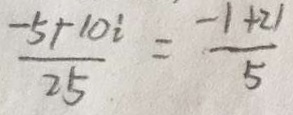
\frac { - 5 + 1 0 i } { 2 5 } = \frac { - 1 + 2 1 } { 5 }